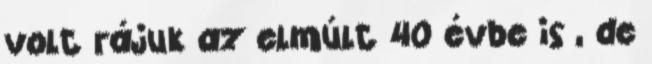
volt rájuk az elmúlt 40 évbe is , de